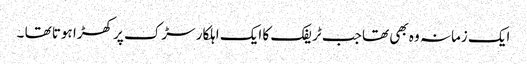
ایک زمانہ وہ بھی تھا جب ٹریفک کا ایک اہلکار سڑک پر کھڑا ہوتا تھا ۔